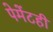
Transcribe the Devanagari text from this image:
पेमेंटही